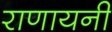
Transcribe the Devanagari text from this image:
राणायनी